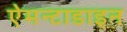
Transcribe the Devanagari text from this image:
ऐमन्टाडाइन